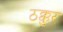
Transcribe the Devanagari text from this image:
ठक्कुर